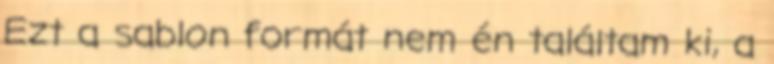
Ezt a sablon formát nem én találtam ki, a